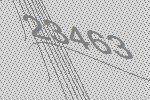
23463